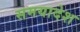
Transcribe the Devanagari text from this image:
समयादेश